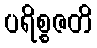
ပရိစ္စဇတိ